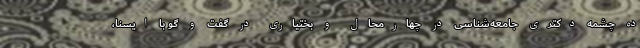
ده چشمه دکتری جامعه‌شناسی در چهارمحال و بختیاری در گفت و گو با ایسنا،